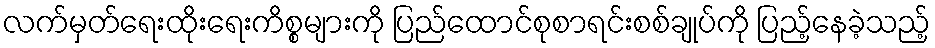
လက်မှတ်ရေးထိုးရေးကိစ္စများကို ပြည်ထောင်စုစာရင်းစစ်ချုပ်ကို ပြည့်နေခဲ့သည့်